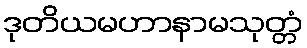
ဒုတိယမဟာနာမသုတ္တံ